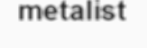
metalist